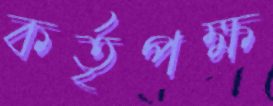
কর্তৃপক্ষ